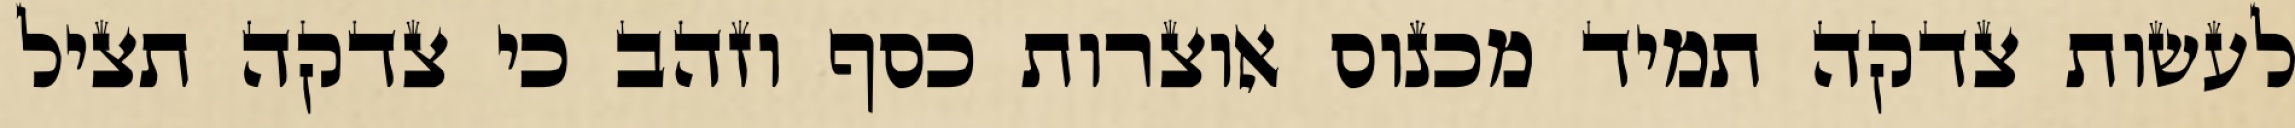
לעשות צדקה תמיד מכנוס אוצרות כסף וזהב כי צדקה תציל